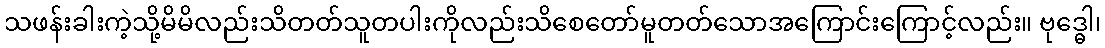
သဖန်းခါးကဲ့သို့မိမိလည်းသိတတ်သူတပါးကိုလည်းသိစေတော်မူတတ်သောအကြောင်းကြောင့်လည်း။ ဗုဒ္ဓေါ၊